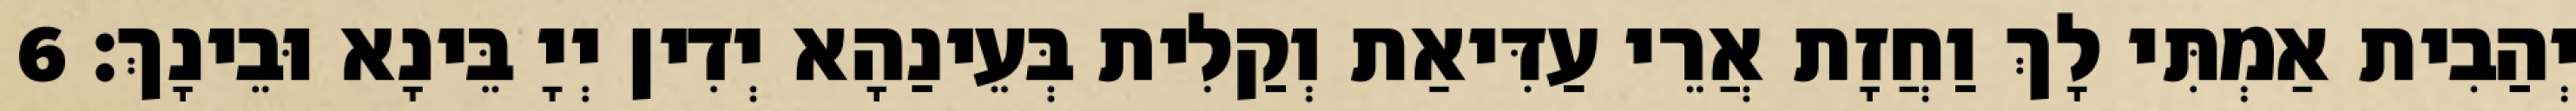
יְהַבִית אַמְתִּי לָךְ וַחֲזָת אֲרֵי עַדִּיאַת וְקַלִית בְּעֵינַהָא יְדִין יְיָ בֵּינָא וּבֵינָךְ׃ 6